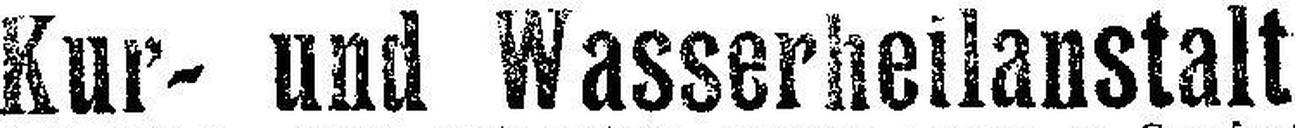
Kur- und Wasserheilanstalt